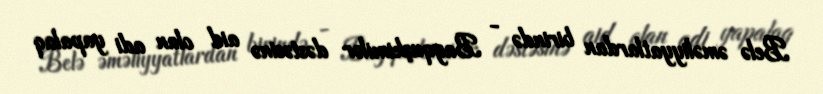
Belə əməliyyatlardan birində - Bayquşkimilər dəstəsinə aid olan adi yapalaq